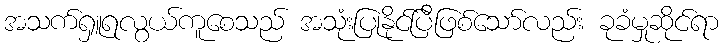
အသက်ရှူရလွယ်ကူစေသည် အသုံးပြုနိုင်ပြီဖြစ်သော်လည်း ခုခံမှုဆိုင်ရာ